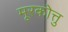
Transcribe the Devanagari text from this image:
मूरकोत्तु